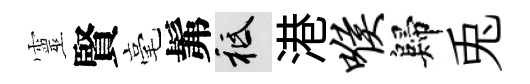
靈賢毫髴祇港喉歸兎